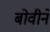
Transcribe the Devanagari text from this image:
बोवीने